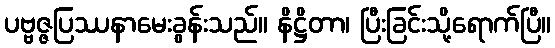
ပဗ္ဗဇ္ဇပြဿနာမေးခွန်းသည်။ နိဋ္ဌိတာ၊ ပြီးခြင်းသို့ရောက်ပြီ။